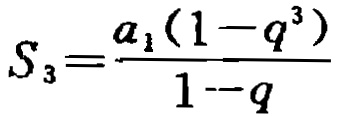
\[S_{3}=\frac{a_{1}(1 - q^{3})}{1 - q}\]